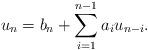
LaTeX: \begin{align*}u_n=b_n+\sum_{i=1}^{n-1}a_iu_{n-i}.\end{align*}